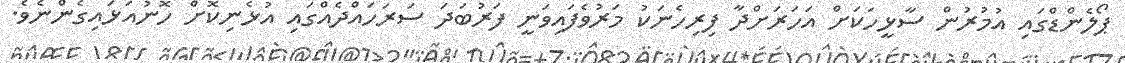
ޕޯލެންޑްގައި އުމުރުން ސާޅީހަކަށް އަހަރަށްދާ ފިރިހެނަކު މަރުވެފައިވަނީ ފަރުބަދަ ސަރަހައްދެއްގައި އުޅެނިކޮށް ހޮނުއަޅައިގެންނެވެ.